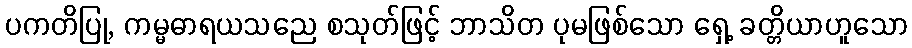
ပကတိပြု, ကမ္မဓာရယသညေ စသုတ်ဖြင့် ဘာသိတ ပုမဖြစ်သော ရှေ့ ခတ္တိယာဟူသော